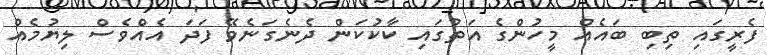
ފެރީގައި ތިބި ބައެެއް މީހުންގެ އަތުގައި ކާކުކަން ދެނެގަނެވޭ ފަދަ އެއްވެސް ލިޔުމެއް